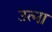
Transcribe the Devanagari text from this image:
उत्ना